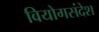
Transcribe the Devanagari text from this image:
वियोगसंदेश